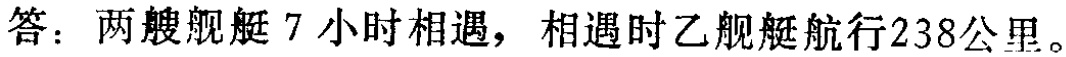
答：两艘舰艇7小时相遇，相遇时乙舰艇航行238公里。